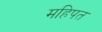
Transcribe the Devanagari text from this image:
महिपत